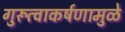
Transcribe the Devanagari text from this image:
गुरूत्वाकर्षणामुळे